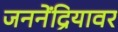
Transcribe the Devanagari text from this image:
जननेंद्रियावर